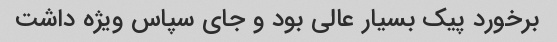
برخورد پیک بسیار عالی بود و جای سپاس ویژه داشت